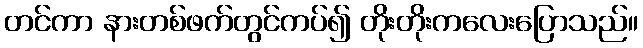
တင်ကာ နားတစ်ဖက်တွင်ကပ်၍ တိုးတိုးကလေးပြောသည်။